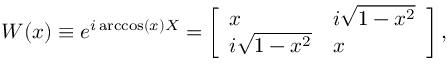
W ( x ) \equiv e ^ { i \operatorname { a r c c o s } ( x ) X } = \left[ \begin{array} { l l } { x } & { i \sqrt { 1 - x ^ { 2 } } } \\ { i \sqrt { 1 - x ^ { 2 } } } & { x } \end{array} \right] ,